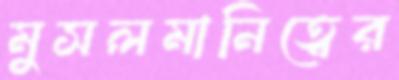
মুসলমানিত্বের